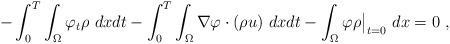
LaTeX: \begin{align*} -\int_0^T \int_\Omega \varphi_t \rho \ dxdt-\int_0^T \int_\Omega \nabla \varphi \cdot (\rho u) \ dxdt - \int_\Omega \varphi \rho \big|_{t=0}\ dx=0 \ , \end{align*}